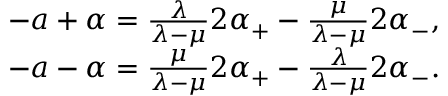
\begin{array} { c } { { - a + \alpha = \frac \lambda { \lambda - \mu } 2 \alpha _ { + } - \frac \mu { \lambda - \mu } 2 \alpha _ { - } , } } \\ { { - a - \alpha = \frac \mu { \lambda - \mu } 2 \alpha _ { + } - \frac \lambda { \lambda - \mu } 2 \alpha _ { - } . } } \end{array}